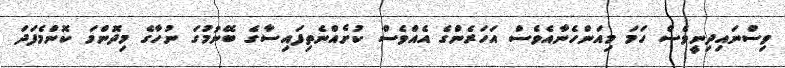
ވިސްނައިދިނީވެސް ހަމަ މިއަންހެނާއެވެސް އަހަރެންގެ އެއްވެސް ކުށެއްނެތިފައިސާގެ ބޭނުމުގަ ނުހާގެ މިދޮންމަ ކޮންމެފަދަ